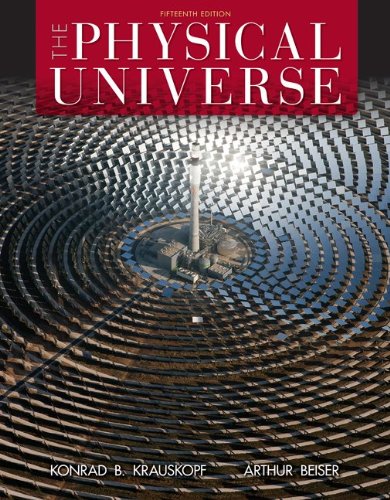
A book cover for The Physical Universe, 15th Edition; Konrad Krauskopf; Science & Math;